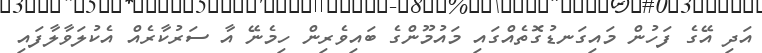
އަދި އޭގެ ފަހުން މައިގަނޑުގޮތެއްގައި މައުމޫންގެ ބައިވެރިން ހިމެނޭ އާ ސަރުކާރެއް އެކުލަވާލާފައި